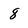
Character: 8